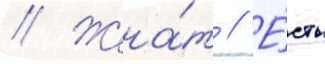
// Жена́т // Е́сть